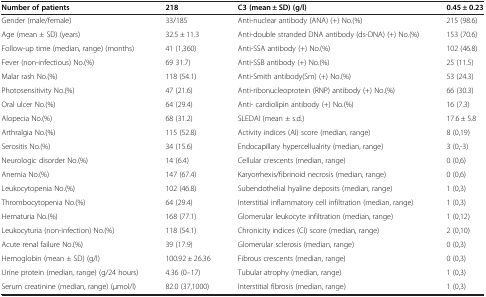
<table><thead><tr><td><b>Number of patients</b></td><td><b>218</b></td><td><b>C3 (mean ± SD) (g/l)</b></td><td><b>0.45 ± 0.23</b></td></tr></thead><tbody><tr><td>Gender (male/female)</td><td>33/185</td><td>Anti-nuclear antibody (ANA) (+) No.(%)</td><td>215 (98.6)</td></tr><tr><td>Age (mean ± SD) (years)</td><td>32.5 ± 11.3</td><td>Anti-double stranded DNA antibody (ds-DNA) (+) No.(%)</td><td>153 (70.6)</td></tr><tr><td>Follow-up time (median, range) (months)</td><td>41 (1,360)</td><td>Anti-SSA antibody (+) No.(%)</td><td>102 (46.8)</td></tr><tr><td>Fever (non-infectious) No.(%)</td><td>69 31.7)</td><td>Anti-SSB antibody (+) No.(%)</td><td>25 (11.5)</td></tr><tr><td>Malar rash No.(%)</td><td>118 (54.1)</td><td>Anti-Smith antibody(Sm) (+) No.(%)</td><td>53 (24.3)</td></tr><tr><td>Photosensitivity No.(%)</td><td>47 (21.6)</td><td>Anti-ribonucleoprotein (RNP) antibody (+) No.(%)</td><td>66 (30.3)</td></tr><tr><td>Oral ulcer No.(%)</td><td>64 (29.4)</td><td>Anti- cardiolipin antibody (+) No.(%)</td><td>16 (7.3)</td></tr><tr><td>Alopecia No.(%)</td><td>68 (31.2)</td><td>SLEDAI (mean ± s.d.)</td><td>17.6 ± 5.8</td></tr><tr><td>Arthralgia No.(%)</td><td>115 (52.8)</td><td>Activity indices (AI) score (median, range)</td><td>8 (0,19)</td></tr><tr><td>Serositis No.(%)</td><td>34 (15.6)</td><td>Endocapillary hypercellualrity (median, range)</td><td>3 (0,-3)</td></tr><tr><td>Neurologic disorder No.(%)</td><td>14 (6.4)</td><td>Cellular crescents (median, range)</td><td>0 (0,6)</td></tr><tr><td>Anemia No.(%)</td><td>147 (67.4)</td><td>Karyorrhexis/fibrinoid necrosis (median, range)</td><td>0 (0,6)</td></tr><tr><td>Leukocytopenia No.(%)</td><td>102 (46.8)</td><td>Subendothelial hyaline deposits (median, range)</td><td>1 (0,3)</td></tr><tr><td>Thrombocytopenia No.(%)</td><td>64 (29.4)</td><td>Interstitial inflammatory cell infiltration (median, range)</td><td>1 (0,3)</td></tr><tr><td>Hematuria No.(%)</td><td>168 (77.1)</td><td>Glomerular leukocyte infiltration (median, range)</td><td>1 (0,12)</td></tr><tr><td>Leukocyturia (non-infection) No.(%)</td><td>118 (54.1)</td><td>Chronicity indices (CI) score (median, range)</td><td>2 (0,10)</td></tr><tr><td>Acute renal failure No.(%)</td><td>39 (17.9)</td><td>Glomerular sclerosis (median, range)</td><td>0 (0,3)</td></tr><tr><td>Hemoglobin (mean ± SD) (g/l)</td><td>100.92 ± 26.36</td><td>Fibrous crescents (median, range)</td><td>0 (0,3)</td></tr><tr><td>Urine protein (median, range) (g/24 hours)</td><td>4.36 (0–17)</td><td>Tubular atrophy (median, range)</td><td>1 (0,3)</td></tr><tr><td>Serum creatinine (median, range) (μmol/l)</td><td>82.0 (37,1000)</td><td>Interstitial fibrosis (median, range)</td><td>1 (0,3)</td></tr></tbody></table>